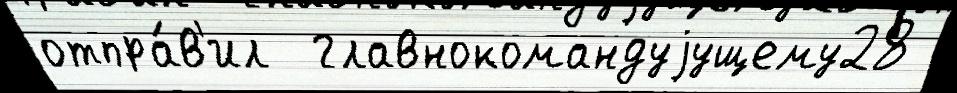
отпра́в'ил  главнокомандуjущему28